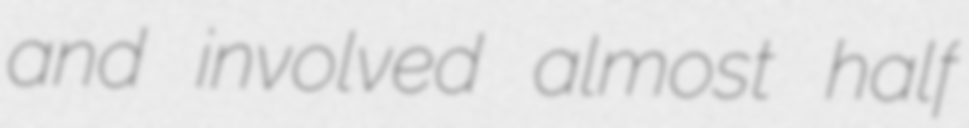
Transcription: and involved almost half